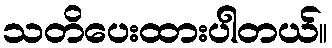
သတိပေးထားပါတယ်။